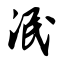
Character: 泯